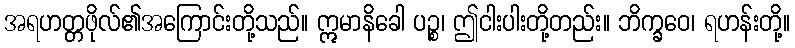
အရဟတ္တဖိုလ်၏အကြောင်းတို့သည်။ ဣမာနိခေါ ပဉ္စ၊ ဤငါးပါးတို့တည်း။ ဘိက္ခဝေ၊ ရဟန်းတို့။